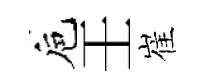
巵壬崔